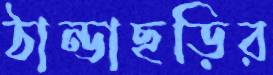
ঠান্ডাছড়ির